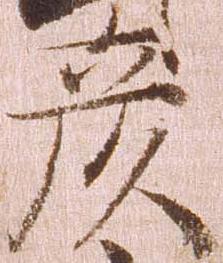
彦